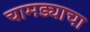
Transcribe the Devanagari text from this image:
चामड्याचा